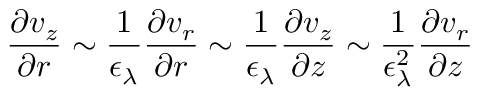
\frac { \partial v _ { z } } { \partial r } \sim \frac { 1 } { \epsilon _ { \lambda } } \frac { \partial v _ { r } } { \partial r } \sim \frac { 1 } { \epsilon _ { \lambda } } \frac { \partial v _ { z } } { \partial z } \sim \frac { 1 } { \epsilon _ { \lambda } ^ { 2 } } \frac { \partial v _ { r } } { \partial z }